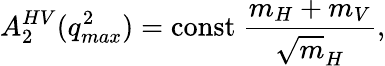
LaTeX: A_{2}^{HV}(q_{max}^{2})=\mathrm{const}~\frac{m_{H}+m_{V}}{{\sqrt m_{H}}},